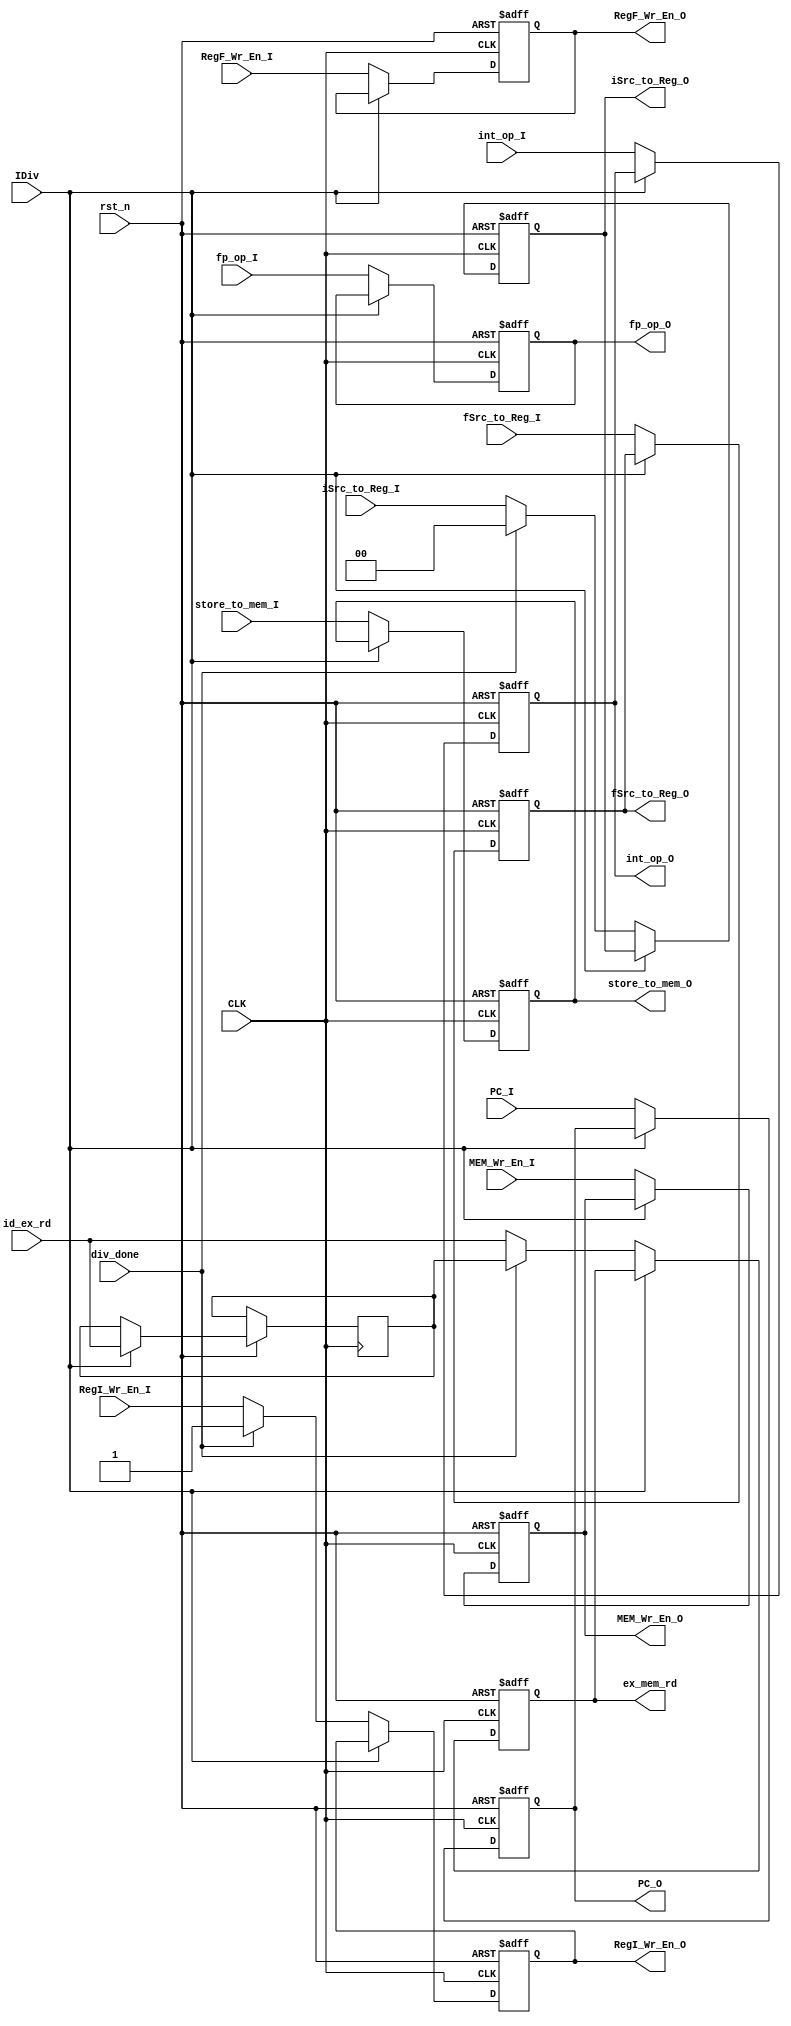
(* DONT_TOUCH = "TRUE" *) module EX_MEM_REG #(
	parameter XLEN           = 32,
	parameter FLEN           = 32,
	parameter IMM_GEN 		 = 32
)
(
	////////////////////////// INPUT //////////////////////
	input wire 				 CLK,
	input wire          	 rst_n,
	// PC src
	input wire [31:0] 		 PC_I,
	// RegFiles srcs
	input wire [1:0]		 iSrc_to_Reg_I,
	input wire 		         fSrc_to_Reg_I,
	input wire  		     RegI_Wr_En_I,
	input wire 			     RegF_Wr_En_I,
	input wire [4:0]      	 id_ex_rd,
	// ALU srcs
	input wire               IDiv,
	input wire               div_done,
	input wire				 int_op_I,
	input wire			     fp_op_I,
	// Memory srcs
	input wire   [XLEN-1:0]  store_to_mem_I,
	input wire 		         MEM_Wr_En_I,
	////////////////////////// OUTPUT //////////////////////
	// PC src
	output reg [31:0] 		 PC_O,
	// RegFiles srcs
	output reg [1:0]		 iSrc_to_Reg_O,
	output reg 		         fSrc_to_Reg_O,
	output reg  		     RegI_Wr_En_O,
	output reg 			     RegF_Wr_En_O,
	output reg [4:0]         ex_mem_rd,
	// ALU srcs
	output reg				 int_op_O,
	output reg			     fp_op_O,
	// Memory srcs
	output reg  [XLEN-1:0]   store_to_mem_O,
	output reg 		 		 MEM_Wr_En_O
);

// Reconstruction Signals / Register sources
reg [4:0] recon_rd;      

always @(posedge CLK,negedge rst_n) begin
	
	if (!rst_n) begin
		PC_O 		    <= 'b0;
		RegI_Wr_En_O    <= 1'b0;
		RegF_Wr_En_O    <= 1'b0;
		ex_mem_rd 	    <= 'b0;
		iSrc_to_Reg_O   <= 2'b0;
		fSrc_to_Reg_O   <= 1'b0;
		int_op_O        <= 1'b0;
		fp_op_O         <= 1'b0;
		MEM_Wr_En_O     <= 1'b0;
		store_to_mem_O  <= 'b0;
	end
	// Remember Destination Register
	else if (IDiv) begin 
		recon_rd		<= id_ex_rd;
	end
	// Reconstruct Control Signals
	else if (div_done) begin
		PC_O 		    <= PC_I;
		RegI_Wr_En_O    <= 1'b1;
		iSrc_to_Reg_O   <= 2'b0;
		fSrc_to_Reg_O   <= fSrc_to_Reg_I;
		RegF_Wr_En_O    <= RegF_Wr_En_I;
		ex_mem_rd 	    <= recon_rd;
		int_op_O        <= int_op_I;
		fp_op_O         <= fp_op_I;
		store_to_mem_O  <= store_to_mem_I;
		MEM_Wr_En_O     <= MEM_Wr_En_I;
	end
	else begin
		PC_O 		    <= PC_I;
		RegI_Wr_En_O    <= RegI_Wr_En_I;
		RegF_Wr_En_O    <= RegF_Wr_En_I;
		iSrc_to_Reg_O   <= iSrc_to_Reg_I;
		fSrc_to_Reg_O   <= fSrc_to_Reg_I;
		ex_mem_rd 	    <= id_ex_rd;
		int_op_O        <= int_op_I;
		fp_op_O         <= fp_op_I;
		MEM_Wr_En_O     <= MEM_Wr_En_I;
		store_to_mem_O  <= store_to_mem_I;
	end

end

endmodule